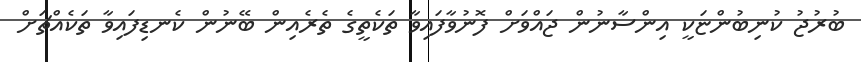
ބުރުޖު ކުނިބުންޏަކީ އިންސާނުން ޖައްވަށް ފޮނުވާފައިވާ ތަކެތީގެ ތެރެއިން ބޭނުން ކެނޑިފައިވާ ތަކެއްޗަށް